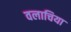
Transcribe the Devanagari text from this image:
वलाचिया